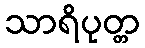
သာရိပုတ္တ